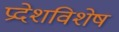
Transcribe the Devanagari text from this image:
प्रदेशविशेष